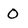
Character: O